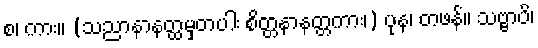
စ၊ ကား။ (သညာနာနတ္ထမှတပါး စိတ္တနာနတ္တကား၊) ပုန၊ တဖန်။ သဗ္ဗာပိ၊